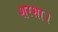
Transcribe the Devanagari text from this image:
शरशा।